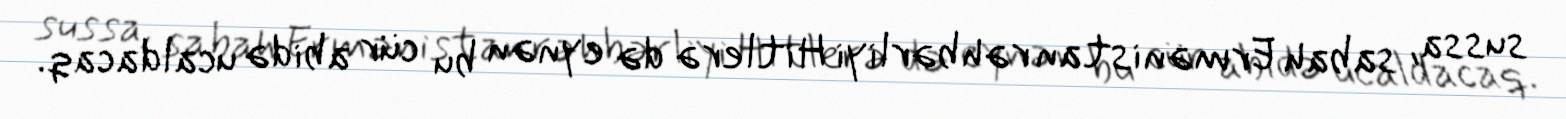
sussa, sabah Ermənistan rəhbərliyi Hitlerə də eynən bu cür abidə ucaldacaq.